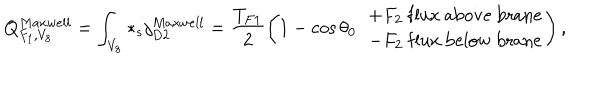
Q _ { F _ { 1 } , V _ { 8 } } ^ { M a x w e l l } = \int _ { V _ { 8 } } * _ { s } j _ { D 2 } ^ { M a x w e l l } = \frac { T _ { F 1 } } { 2 } \left( 1 - \cos \theta _ { 0 } \ \ { + F _ { 2 } \ { \mathrm { f l u x \ a b o v e \ b r a n e } } \atop { - F _ { 2 } \ \mathrm { f l u x \ b e l o w \ b r a n e } } } \right) ,